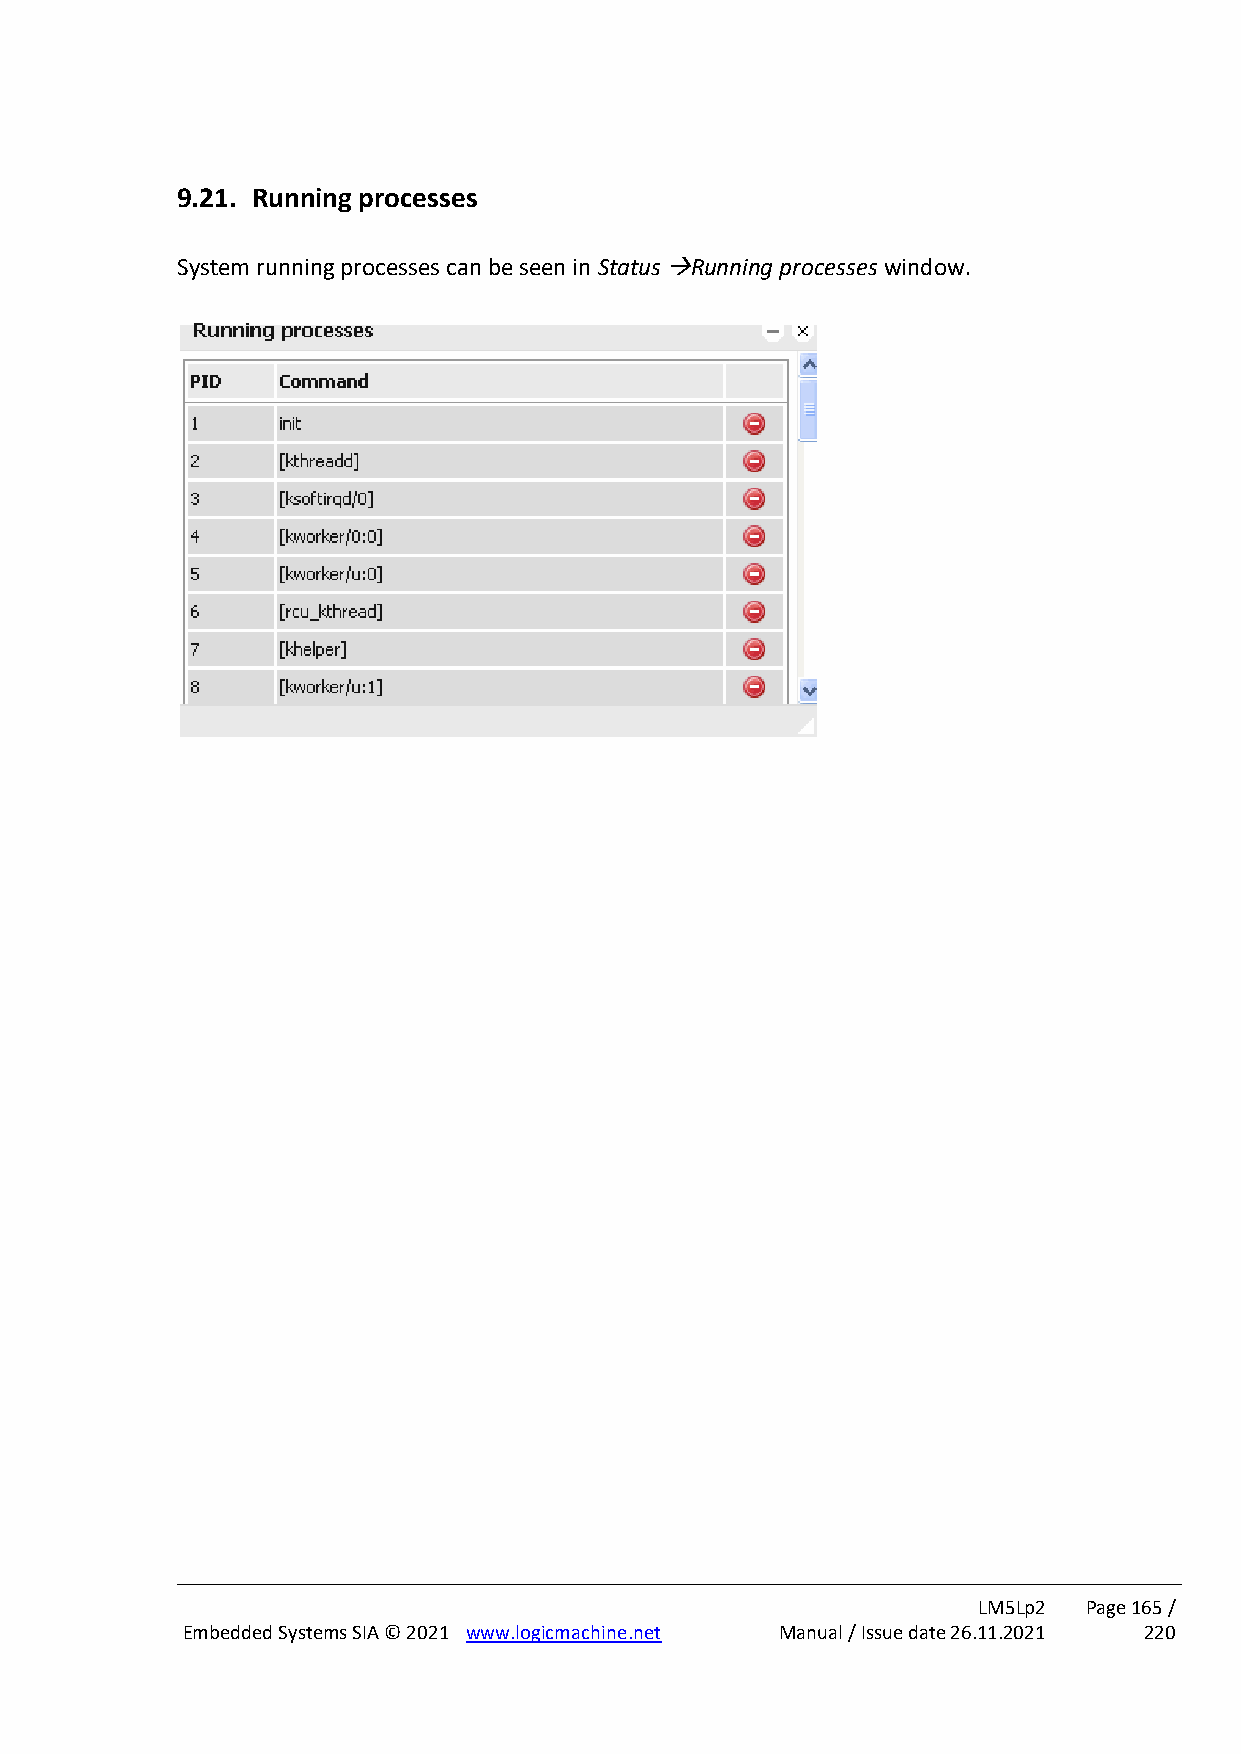
9.21. Running processes
 System running processes can be seen in Status →Running processes window.
 LM5Lp2 Page 165 /
 Embedded Systems SIA © 2021 www.logicmachine.net Manual / Issue date 26.11.2021 220